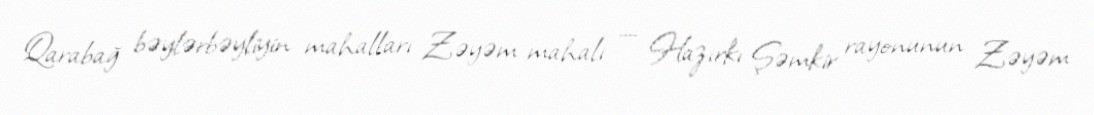
Qarabağ bəylərbəyliyin mahalları Zəyəm mahalı — Hazırkı Şəmkir rayonunun Zəyəm